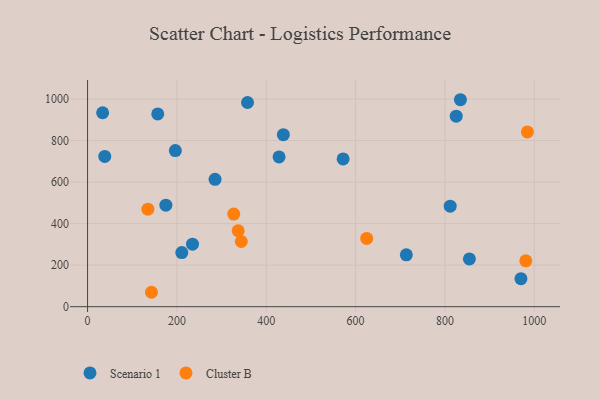
{"axis": {"x": "Experience", "y": "Salary"}, "legend": ["Cluster B", "Scenario 1"], "data": [{"x": "834.7", "y": 996.3, "type": "Scenario 1"}, {"x": "854.8", "y": 230.1, "type": "Scenario 1"}, {"x": "38.5", "y": 723.4, "type": "Scenario 1"}, {"x": "210.9", "y": 260.7, "type": "Scenario 1"}, {"x": "157.1", "y": 928.0, "type": "Scenario 1"}, {"x": "825.3", "y": 917.1, "type": "Scenario 1"}, {"x": "33.7", "y": 933.7, "type": "Scenario 1"}, {"x": "811.8", "y": 484.1, "type": "Scenario 1"}, {"x": "970.2", "y": 134.7, "type": "Scenario 1"}, {"x": "428.7", "y": 720.8, "type": "Scenario 1"}, {"x": "196.5", "y": 751.6, "type": "Scenario 1"}, {"x": "572.1", "y": 711.5, "type": "Scenario 1"}, {"x": "713.6", "y": 249.5, "type": "Scenario 1"}, {"x": "438.3", "y": 827.9, "type": "Scenario 1"}, {"x": "285.4", "y": 613.2, "type": "Scenario 1"}, {"x": "358.1", "y": 982.9, "type": "Scenario 1"}, {"x": "234.9", "y": 300.9, "type": "Scenario 1"}, {"x": "175.3", "y": 488.7, "type": "Scenario 1"}, {"x": "327.2", "y": 445.6, "type": "Cluster B"}, {"x": "624.9", "y": 328.4, "type": "Cluster B"}, {"x": "135.0", "y": 469.4, "type": "Cluster B"}, {"x": "344.1", "y": 313.8, "type": "Cluster B"}, {"x": "337.2", "y": 365.6, "type": "Cluster B"}, {"x": "984.6", "y": 841.1, "type": "Cluster B"}, {"x": "981.1", "y": 220.6, "type": "Cluster B"}, {"x": "143.0", "y": 69.4, "type": "Cluster B"}]}